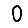
Digit: 0